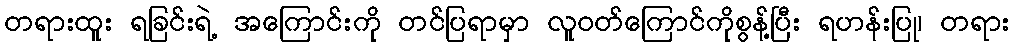
တရားထူး ရခြင်းရဲ့ အကြောင်းကို တင်ပြရာမှာ လူဝတ်ကြောင်ကိုစွန့်ပြီး ရဟန်းပြု၊ တရား